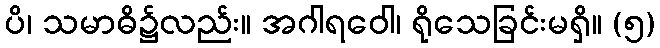
ပိ၊ သမာဓိ၌လည်း။ အဂါရဝေါ၊ ရိုသေခြင်းမရှိ။ (၅)